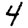
Digit: 4